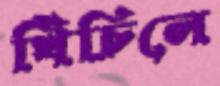
খিঁচিলে